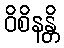
ဝိစိနန္တိ